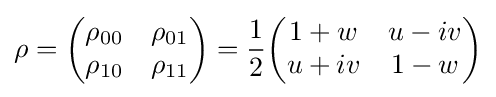
\rho ={\begin{pmatrix}\rho _{00}&\rho _{01}\\\rho _{10}&\rho _{11}\end{pmatrix}}={\frac {1}{2}}{\begin{pmatrix}1+w&u-iv\\u+iv&1-w\end{pmatrix}}